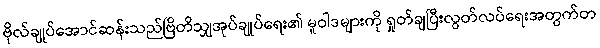
ဗိုလ်ချုပ်အောင်ဆန်းသည်ဗြိတိသျှအုပ်ချုပ်ရေး၏ မူဝါဒများကို ရှုတ်ချပြီးလွတ်လပ်ရေးအတွက်တ